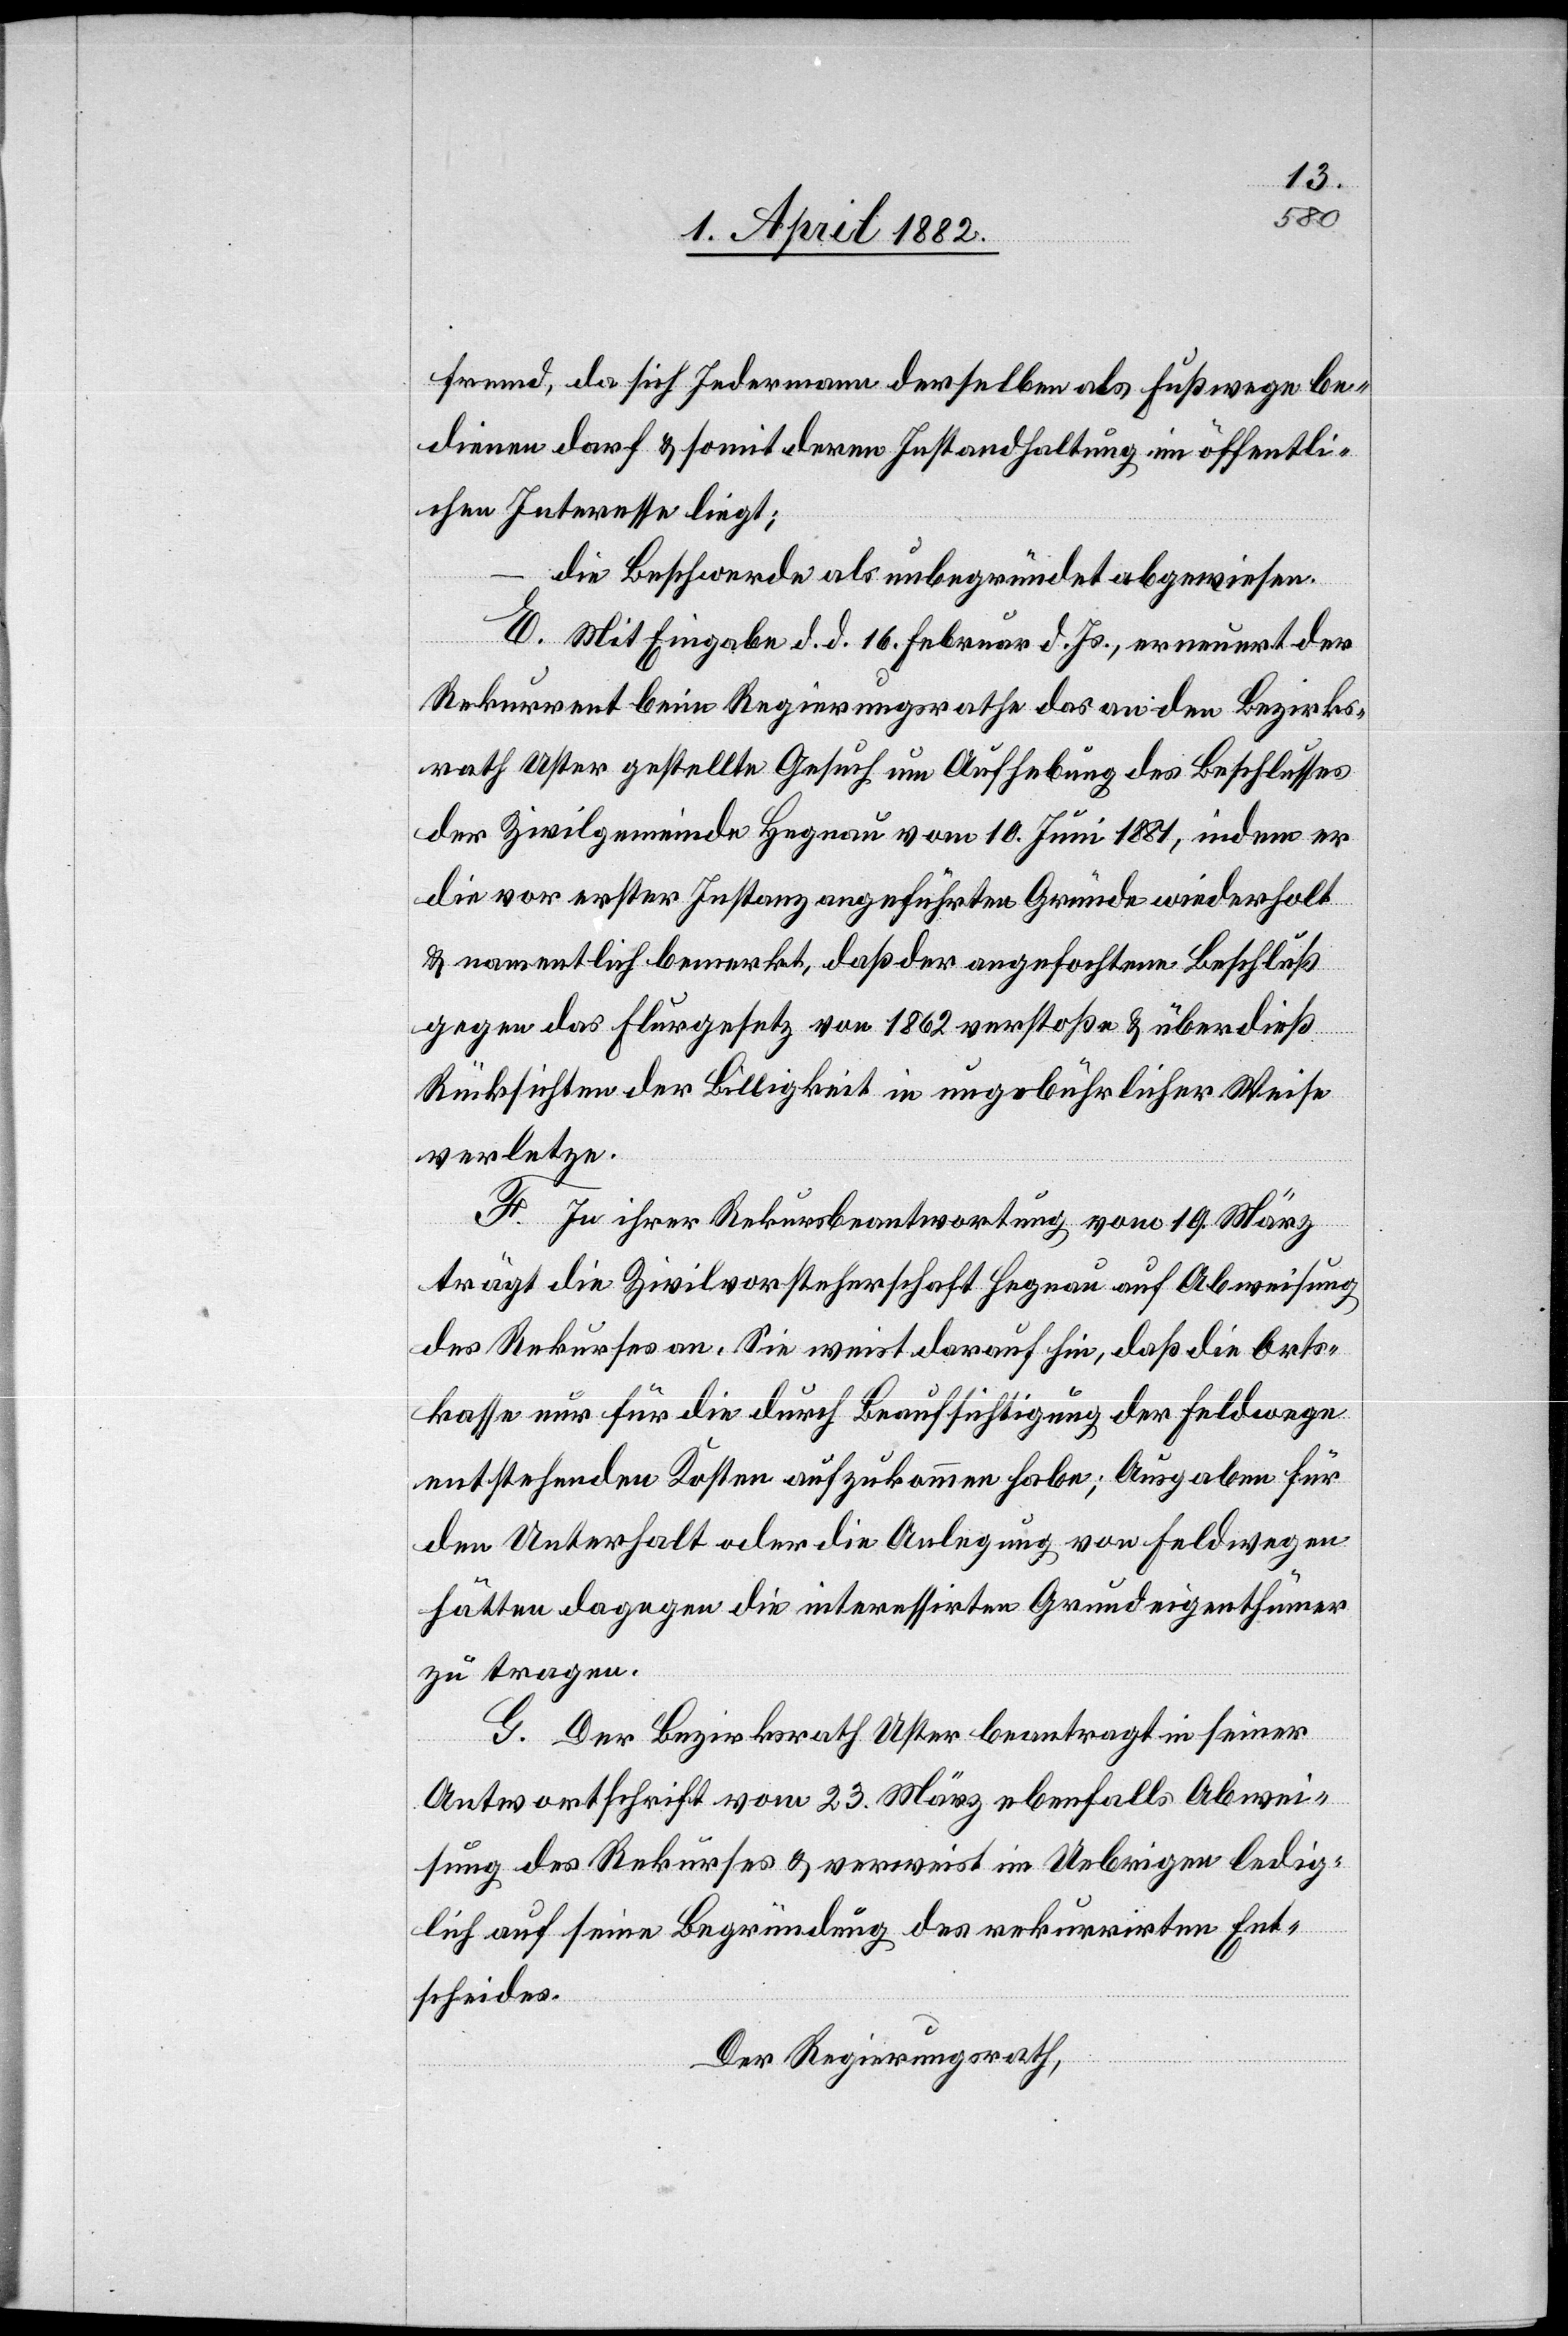
fremd, da sich Jedermann derselben als Fußwege be¬
dienen darf & somit deren Instandhaltung im öffentli¬
chen Interesse liegt;
die Beschwerde als unbegründet abgewiesen.
E. Mit Eingabe d. d. 16. Februar d. Js., erneuert der
Rekurrent beim Regierungsrathe das an den Bezirks¬
rath Uster gestellte Gesuch um Aufhebung des Beschlusses
der Zivilgemeinde Hegnau vom 10. Juni 1881, indem er
die vor erster Instanz angeführten Gründe wiederholt
& namentlich bemerkt, daß der angefochtene Beschluß
gegen das Flurgesetz von 1862 verstoße & überdieß
Rücksichten der Billigkeit in ungebührlicher Weise
verletze.
F. In ihrer Rekursbeantwortung vom 19. März
trägt die Zivilvorsteherschaft Hegnau auf Abweisung
des Rekurses an. Sie weist darauf hin, daß die Orts¬
kasse nur für die durch Beaufsichtigung der Feldwege
entstehenden Kosten aufzukommen habe; Ausgaben für
den Unterhalt oder die Anlegung von Feldwegen
hätten dagegen die interessirten Grundeigenthümer
zu tragen.
G. Der Bezirksrath Uster beantragt in seiner
Antwortschrift vom 23. März ebenfalls Abwei¬
sung des Rekurses & verweist im Uebrigen ledig¬
lich auf seine Begründung des rekurrirten Ent¬
scheides.
Der Regierungsrath,